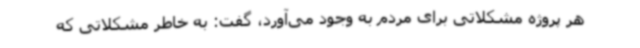
هر پروژه مشکلاتی برای مردم به وجود می‌آورد، گفت: به خاطر مشکلاتی که